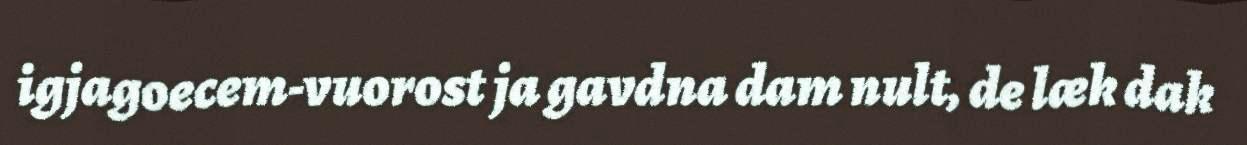
igjagoecem-vuorost ja gavdna dam nult, de læk dak